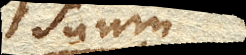
suum